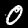
Label: 0